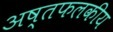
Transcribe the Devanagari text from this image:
अष्तफलकीय